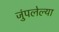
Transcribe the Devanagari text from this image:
जुंपलेल्या